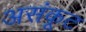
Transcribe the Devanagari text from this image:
असंकूट